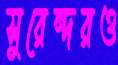
সুরেন্দরও